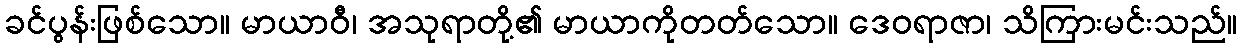
ခင်ပွန်းဖြစ်သော။ မာယာဝီ၊ အသုရာတို့၏ မာယာကိုတတ်သော။ ဒေဝရာဇာ၊ သိကြားမင်းသည်။